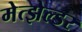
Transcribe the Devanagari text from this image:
मेत्झेल्डर